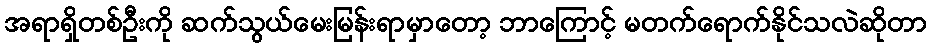
အရာရှိတစ်ဦးကို ဆက်သွယ်မေးမြန်းရာမှာတော့ ဘာကြောင့် မတက်ရောက်နိုင်သလဲဆိုတာ